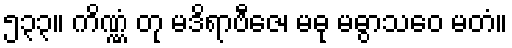
၅၃၃။ ကိဏ္ဏံ တု မဒိရာဗီဇေ၊ မဓု မဓွာသဝေ မတံ။